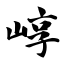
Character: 崞